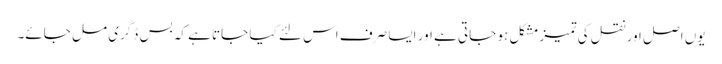
یوں اصل اور نقل کی تمیز مشکل ہو جاتی ہے اور ایسا صرف اس لئے کیا جاتا ہے کہ بس ڈگری مل جائے۔